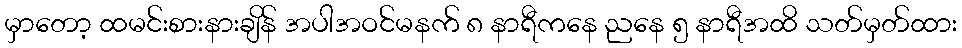
မှာတော့ ထမင်းစားနားချိန် အပါအဝင်မနက် ၈ နာရီကနေ ညနေ ၅ နာရီအထိ သတ်မှတ်ထား